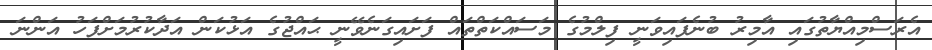
އެރަސްމިއްޔާތުގައި އާމިރު ބުނެފައިވަނީ ފިލްމުގެ މަސައްކަތްތައް ފަށައިގަނެވޭނީ ޙައްޖުގެ އަޅުކަން އަދާކުރުމަށްފަހު އަންނަ